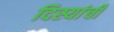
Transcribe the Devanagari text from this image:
दिस्यांची